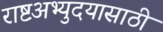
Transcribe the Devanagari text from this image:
राष्टअभ्युदयासाठी